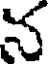
న